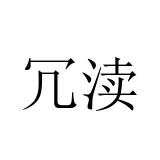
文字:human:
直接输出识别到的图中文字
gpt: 冗渎